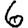
Digit: 6